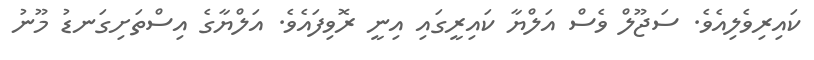
ކައިރިވެލިއެވެ. ސަޖޫލް ވެސް އަލްޔާ ކައިރީގައި އިނީ ރޮވިފައެވެ. އަލްޔާގެ އިސްތަށިގަނޑު މޫނު